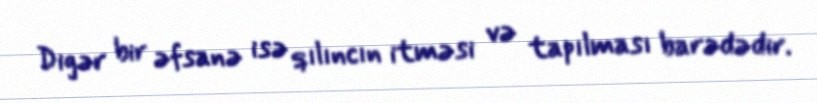
Digər bir əfsanə isə qılıncın itməsi və tapılması barədədir.